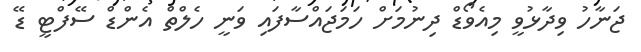
ޖަނާހު ވިދާޅުވީ މިއެވޯޑް ދިނުމަށް ހަމަޖައްސާފައި ވަނީ ހެލްތް އެންޑް ސޭފްޓީ ޑޭ